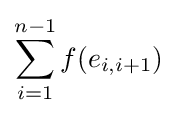
\sum _{i=1}^{n-1}f(e_{i,i+1})